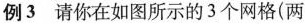
例3请你在如图所示的3个网格(两